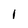
Character: I